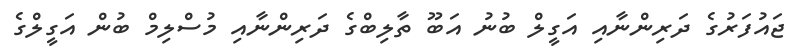
ޖައުފަރުގެ ދަރިންނާއި އަގީލް ބުނު އަބޫ ތާލިބްގެ ދަރިންނާއި މުސްލިމް ބުން އަގީލްގެ